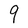
Character: q